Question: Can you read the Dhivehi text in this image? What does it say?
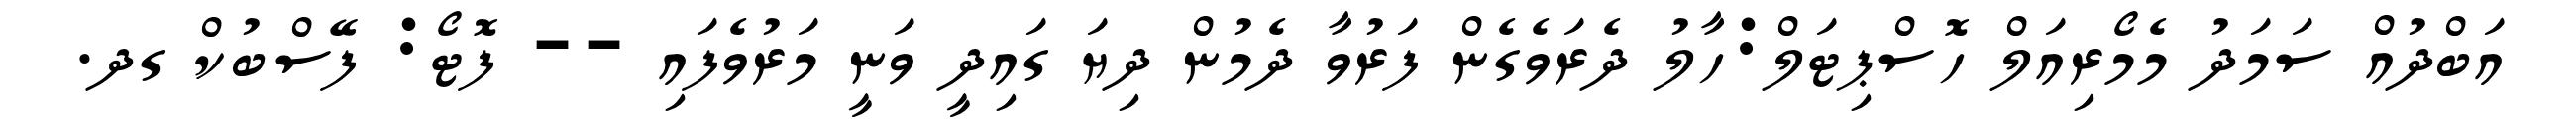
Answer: އަބްދުއް ސަމަދު މެމޯރިއަލް ހޮސްޕިޓަލް:ހާލު ދެރަވެގެން ފަރުވާ ދެމުން ދިޔަ ގައިދީ ވަނީ މަރުވެފައި -- ފޮޓޯ: ފޭސްބުކް ގދ.